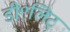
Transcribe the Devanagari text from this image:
डी॰लिट्